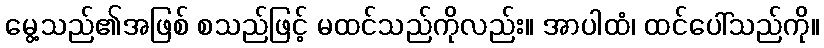
မွေ့သည်၏အဖြစ် စသည်ဖြင့် မထင်သည်ကိုလည်း။ အာပါထံ၊ ထင်ပေါ်သည်ကို။